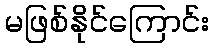
မဖြစ်နိုင်ကြောင်း